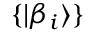
\{ \vert \beta _ { i } \rangle \}